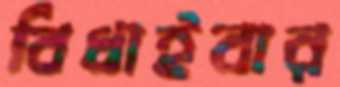
বিঁধাইবার